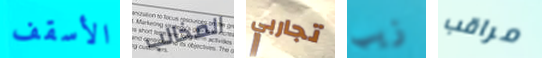
الأسقف المخالب تجاربي زيب مراقب